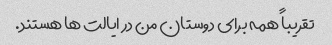
تقریباً همه برای دوستان من در ایالت ها هستند.